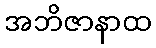
အဘိဇာနာထ